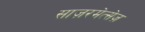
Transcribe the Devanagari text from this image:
साज़रमेत्सेज़